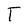
Character: T